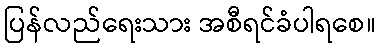
ပြန်လည်ရေးသား အစီရင်ခံပါရစေ။